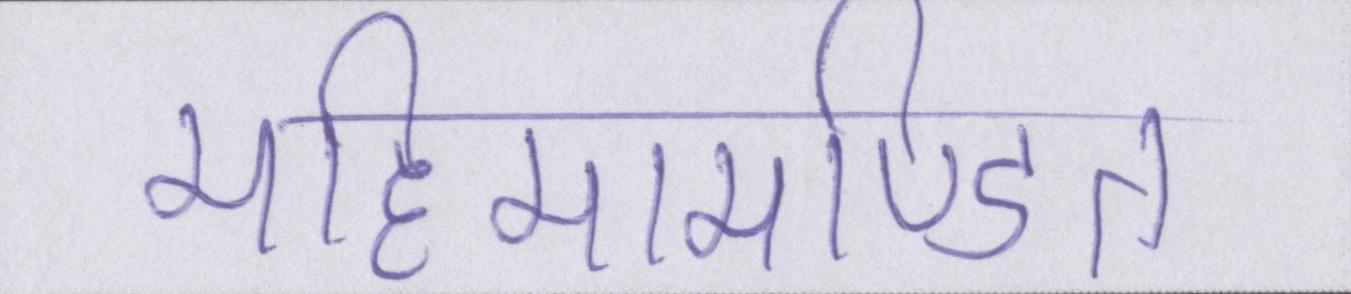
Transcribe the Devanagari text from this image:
महिमामण्डित